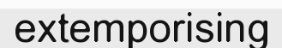
extemporising